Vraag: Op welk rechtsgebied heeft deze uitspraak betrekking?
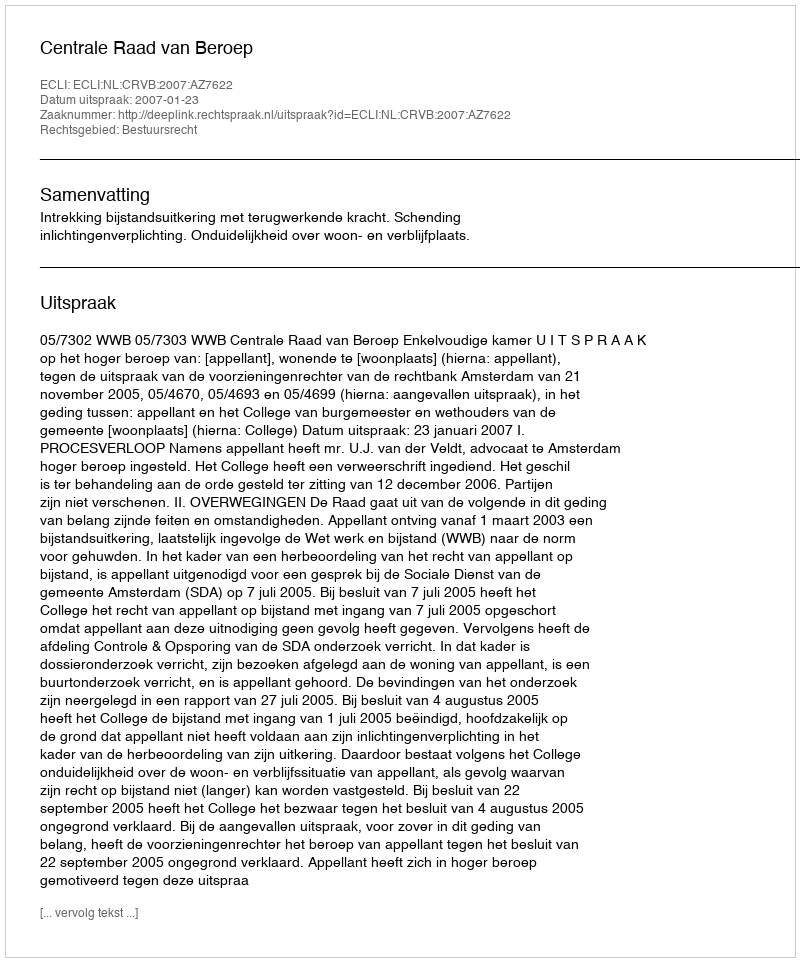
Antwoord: Bestuursrecht